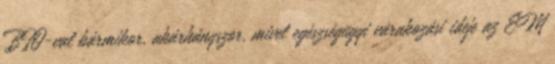
BIO-val bármikor, akárhányszor, mivel egészségügyi várakozási ideje az EM